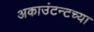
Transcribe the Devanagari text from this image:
अकाउंटन्टच्या